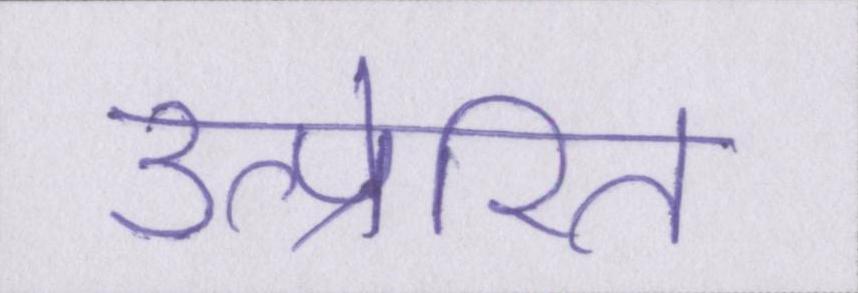
उत्प्रेरित